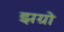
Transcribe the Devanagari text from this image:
झग्रो